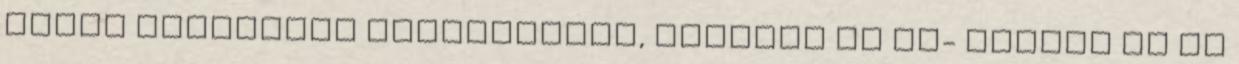
Dóczy Gabriella hárfajátéka, Banczik úr he- gedűje és az